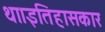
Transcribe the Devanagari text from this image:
था।इतिहासकार